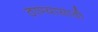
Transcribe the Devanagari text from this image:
ठाण्यासाठी